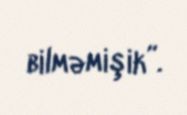
bilməmişik”.